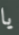
يا